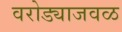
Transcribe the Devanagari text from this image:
वरोड्याजवळ